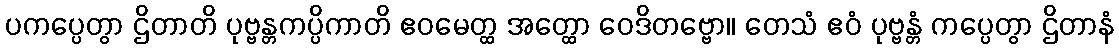
ပကပ္ပေတွာ ဌိတာတိ ပုဗ္ဗန္တကပ္ပိကာတိ ဧဝမေတ္ထ အတ္ထော ဝေဒိတဗ္ဗော။ တေသံ ဧဝံ ပုဗ္ဗန္တံ ကပ္ပေတွာ ဌိတာနံ